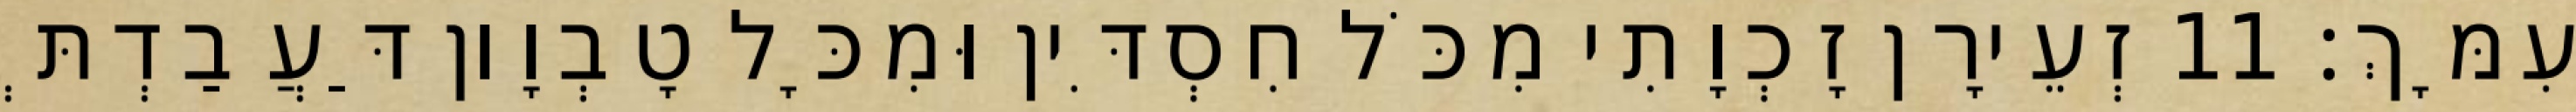
עִמָּךְ׃ 11 זְעֵירָן זָכְוָתִי מִכֹּל חִסְדִּין וּמִכָּל טָבְוָון דַּעֲבַדְתְּ